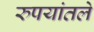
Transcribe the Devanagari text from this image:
रुपयांतले